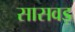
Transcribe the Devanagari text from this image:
सासवड़